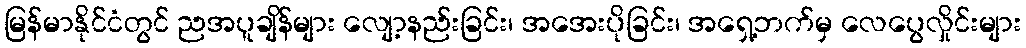
မြန်မာနိုင်ငံတွင် ညအပူချိန်များ လျော့နည်းခြင်း၊ အအေးပိုခြင်း၊ အရှေ့ဘက်မှ လေပွေလှိုင်းများ